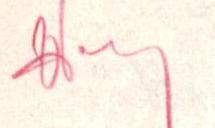
?